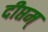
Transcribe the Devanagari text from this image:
दीप्तम्